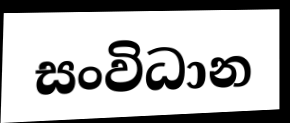
සංවිධාන